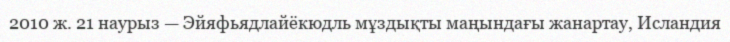
2010 ж. 21 наурыз — Эйяфьядлайёкюдль мұздықты маңындағы жанартау, Исландия